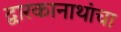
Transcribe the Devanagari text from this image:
द्वारकानाथांचा